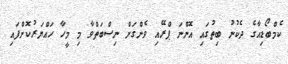
ކެމްބޯޑިއާގެ ދެކުނު ބިތުގައި އޮންނަ ޕްރޭއި ވެންގަށް ނިސްބަތްވާ މި މީހާ ހައްޔަރުކޮށްފައި